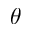
\theta